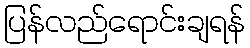
ပြန်လည်ရောင်းချရန်